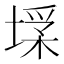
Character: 𡎽